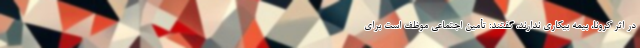
در اثر کرونا، بیمه بیکاری ندارند، گفتند: تأمین اجتماعی موظف است برای